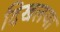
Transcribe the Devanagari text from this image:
दिखलया